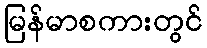
မြန်မာစကားတွင်